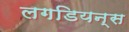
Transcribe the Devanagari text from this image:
लगडियन्स